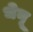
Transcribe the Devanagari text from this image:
धेनू